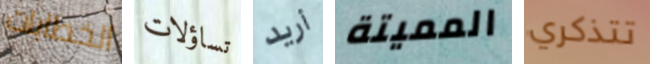
الخطابات تساؤلات أريد المميتة تتذكري